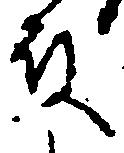
殿